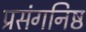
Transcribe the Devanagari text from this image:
प्रसंगनिष्ठ